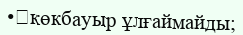
•	көкбауыр ұлғаймайды;